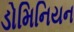
ડોમિનિયન